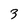
Character: 3